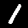
Label: 1